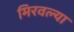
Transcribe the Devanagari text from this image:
मिरवल्या